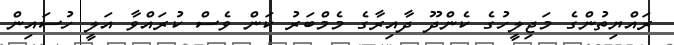
ރައްޔިތުންގެ މަޖިލީހުގެ ކެންދޫ ދާއިރާގެ މެމްބަރު ކަން ވެސް ކުރައްވާ އަލީ ހުސައިން